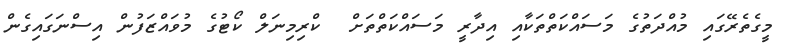
މީގެތެރޭގައި މުއްދަތުގެ މަސައްކަތްތަކާއި އިދާރީ މަސައްކަތްތަށް  ކްރިމިނަލް ކޯޓުގެ މުވައްޒަފުން އިސްނަގައިގެން